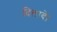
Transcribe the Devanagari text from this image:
दिलावें।